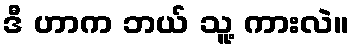
ဒီ ဟာက ဘယ် သူ့ ကားလဲ။